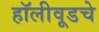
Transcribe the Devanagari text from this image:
हॉलीवूडचे